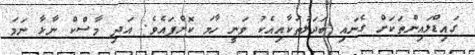
ގައިޑްލައިންތަކަށް ގެނައި ބަދަލުތަކާއިއެކު ވަނީ ހާމަ ކޮށްފައެވެ. އަދި މާސްކް ނާޅާ ނަމަ